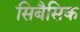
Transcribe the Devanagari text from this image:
सिबैसिक